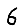
Digit: 6